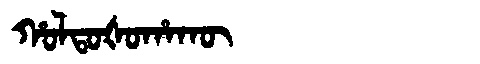
Manchu: ᡥᠣᠯᡨᠣᡧᠣᡥᠠᡴᡡ
Romanization: HOLTOŠOHAKŪ